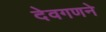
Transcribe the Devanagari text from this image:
देवगणने